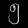
Digit: ၅